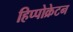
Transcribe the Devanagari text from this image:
हिप्पोक्रेटन